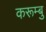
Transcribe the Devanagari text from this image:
करूम्बु